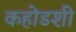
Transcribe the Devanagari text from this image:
कहोडशी